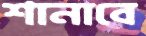
শানাবে